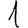
Digit: 1